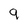
Character: 9